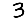
Digit: 3